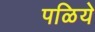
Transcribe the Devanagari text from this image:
पळिये